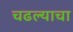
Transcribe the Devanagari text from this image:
चढल्याचा